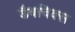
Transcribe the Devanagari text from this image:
डैबचिक्स